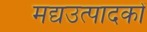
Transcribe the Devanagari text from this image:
मद्यउत्पादकों